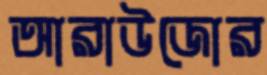
আরাউজোর